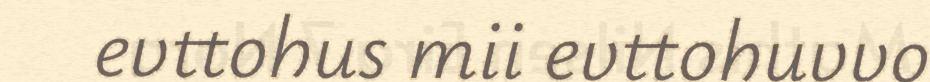
evttohus mii evttohuvvo